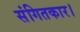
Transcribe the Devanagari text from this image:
संगितकार।